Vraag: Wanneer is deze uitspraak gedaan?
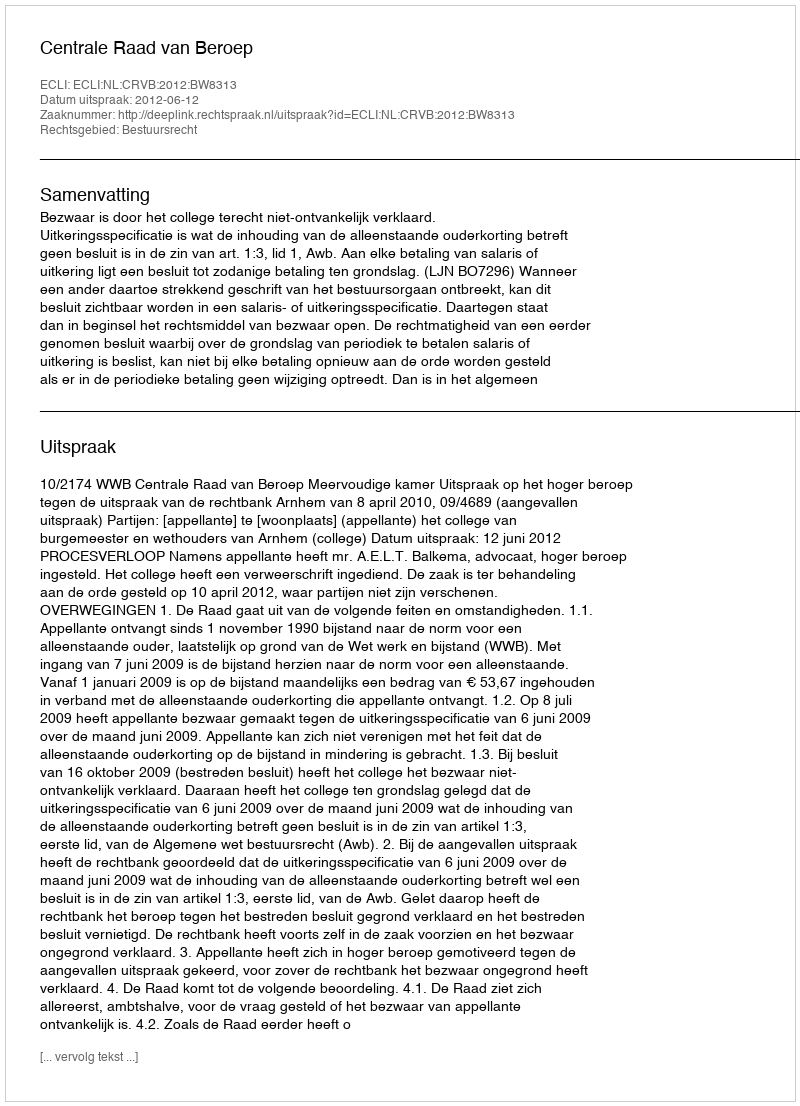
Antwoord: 2012-06-12